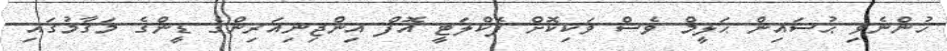
ހުންނެވި ޙުސައިން ޙަލީމް ވެސް ވަކިކޮށް ފެކްލަޓީ އޮފް އިންޖިނިއަރިންގެ ޑީންގެ މަގާމުގައި